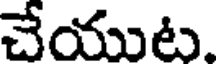
చేయుట.